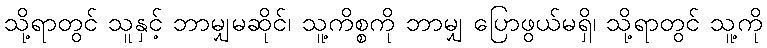
သို့ရာတွင် သူနှင့် ဘာမျှမဆိုင်၊ သူ့ကိစ္စကို ဘာမျှ ပြောဖွယ်မရှိ၊ သို့ရာတွင် သူ့ကို